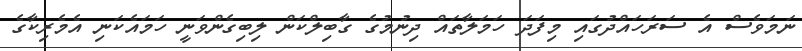
ނަމަވެސް އެ ސަރަހައްދުގައި މިފަދަ ހަމަލާތައް ދިނުމުގެ ގާބިލްކަން ލިބިގެންވަނީ ހަމައެކަނި އެމެރިކާގެ